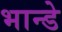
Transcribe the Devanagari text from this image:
भान्डे